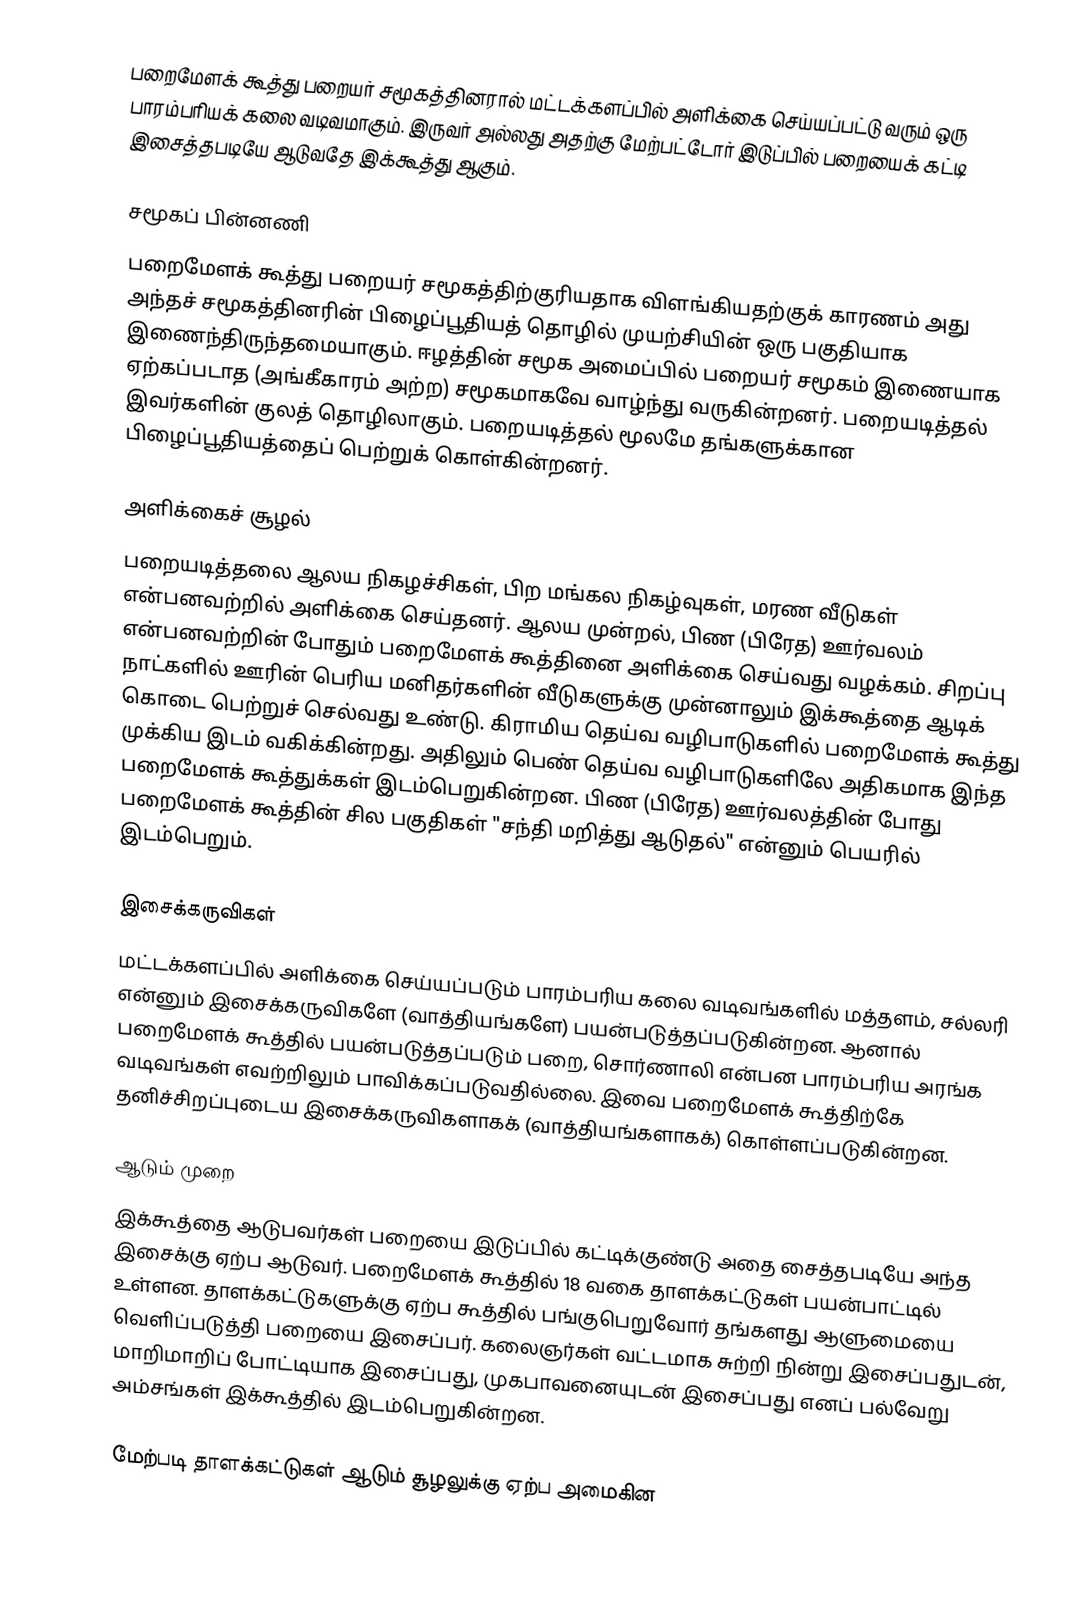
பறைமேளக் கூத்து பறையர் சமூகத்தினரால் மட்டக்களப்பில் அளிக்கை செய்யப்பட்டு வரும் ஒரு பாரம்பரியக் கலை வடிவமாகும். இருவர் அல்லது அதற்கு மேற்பட்டோர் இடுப்பில் பறையைக் கட்டி இசைத்தபடியே ஆடுவதே இக்கூத்து ஆகும்.

சமூகப் பின்னணி
பறைமேளக் கூத்து பறையர் சமூகத்திற்குரியதாக விளங்கியதற்குக் காரணம் அது அந்தச் சமூகத்தினரின் பிழைப்பூதியத் தொழில் முயற்சியின் ஒரு பகுதியாக இணைந்திருந்தமையாகும். ஈழத்தின் சமூக அமைப்பில் பறையர் சமூகம் இணையாக ஏற்கப்படாத (அங்கீகாரம் அற்ற) சமூகமாகவே வாழ்ந்து வருகின்றனர். பறையடித்தல் இவர்களின் குலத் தொழிலாகும். பறையடித்தல் மூலமே தங்களுக்கான பிழைப்பூதியத்தைப் பெற்றுக் கொள்கின்றனர்.

அளிக்கைச் சூழல்
பறையடித்தலை ஆலய நிகழச்சிகள், பிற மங்கல நிகழ்வுகள், மரண வீடுகள் என்பனவற்றில் அளிக்கை செய்தனர். ஆலய முன்றல், பிண (பிரேத) ஊர்வலம் என்பனவற்றின் போதும் பறைமேளக் கூத்தினை அளிக்கை செய்வது வழக்கம். சிறப்பு நாட்களில் ஊரின் பெரிய மனிதர்களின் வீடுகளுக்கு முன்னாலும் இக்கூத்தை ஆடிக் கொடை பெற்றுச் செல்வது உண்டு. கிராமிய தெய்வ வழிபாடுகளில் பறைமேளக் கூத்து முக்கிய இடம் வகிக்கின்றது. அதிலும் பெண் தெய்வ வழிபாடுகளிலே அதிகமாக இந்த பறைமேளக் கூத்துக்கள் இடம்பெறுகின்றன. பிண (பிரேத) ஊர்வலத்தின் போது பறைமேளக் கூத்தின் சில பகுதிகள் "சந்தி மறித்து ஆடுதல்" என்னும் பெயரில் இடம்பெறும்.

இசைக்கருவிகள்
மட்டக்களப்பில் அளிக்கை செய்யப்படும் பாரம்பரிய கலை வடிவங்களில் மத்தளம், சல்லரி என்னும் இசைக்கருவிகளே (வாத்தியங்களே) பயன்படுத்தப்படுகின்றன. ஆனால் பறைமேளக் கூத்தில் பயன்படுத்தப்படும் பறை, சொர்ணாலி என்பன பாரம்பரிய அரங்க வடிவங்கள் எவற்றிலும் பாவிக்கப்படுவதில்லை. இவை பறைமேளக் கூத்திற்கே தனிச்சிறப்புடைய இசைக்கருவிகளாகக் (வாத்தியங்களாகக்) கொள்ளப்படுகின்றன.

ஆடும் முறை
இக்கூத்தை ஆடுபவர்கள் பறையை இடுப்பில் கட்டிக்குண்டு அதை சைத்தபடியே அந்த இசைக்கு ஏற்ப ஆடுவர். பறைமேளக் கூத்தில் 18 வகை தாளக்கட்டுகள் பயன்பாட்டில் உள்ளன. தாளக்கட்டுகளுக்கு ஏற்ப கூத்தில் பங்குபெறுவோர் தங்களது ஆளுமையை வெளிப்படுத்தி பறையை இசைப்பர். கலைஞர்கள் வட்டமாக சுற்றி நின்று இசைப்பதுடன், மாறிமாறிப் போட்டியாக இசைப்பது, முகபாவனையுடன் இசைப்பது எனப் பல்வேறு அம்சங்கள் இக்கூத்தில் இடம்பெறுகின்றன.

மேற்படி தாளக்கட்டுகள் ஆடும் சூழலுக்கு ஏற்ப அமைகின